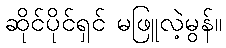
ဆိုင်ပိုင်ရှင် မဖြူလဲ့မွန်။